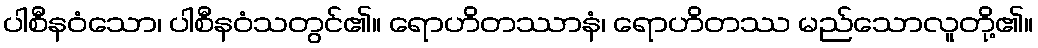
ပါစီနဝံသော၊ ပါစီနဝံသတွင်၏။ ရောဟိတဿာနံ၊ ရောဟိတဿ မည်သောလူတို့၏။